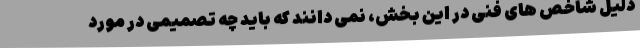
دلیل شاخص های فنی در این بخش، نمی دانند که باید چه تصمیمی در مورد